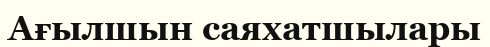
Ағылшын саяхатшылары